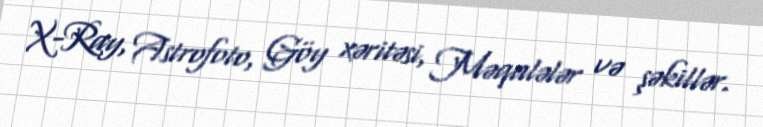
X-Ray, Astrofoto, Göy xəritəsi, Məqalələr və şəkillər.